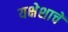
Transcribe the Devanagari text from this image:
यक्षेशाचें